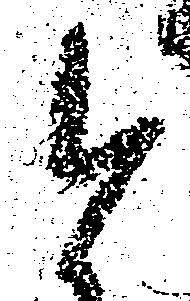
と